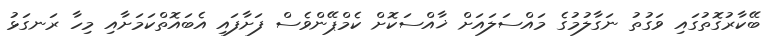
ބޭކާރުގޮތުގައި ވަގުތު ނަގާލުމުގެ މައްސަލައަށް ޚާއްސަކޮށް ކެމްޕޭންވެސް ފަށާފައި އެބައޮތްކަމަށާއި މިހާ ރަނގަޅު